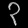
Digit: ၃